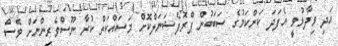
އަދި ވިދާޅުވީ އެފަދަ ކަންކަމުގެ ސަބަބުން ޕްރޮފެޝަނަލްކޮށް މަސައްކަތް ކުރާ ނޫސްވެރިންނަށް ވެސް